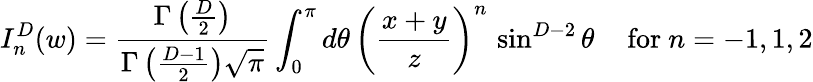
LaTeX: I_{n}^{D}(w)={\frac{\Gamma\left({\frac{D}{2}}\right)}{\Gamma\left({\frac{D-1}{2}}\right)\sqrt\pi}}\int_{0}^{\pi}d\theta\, \left({\frac{x+y}{z}}\right)^{n}\, \sin^{D-2}\theta\, \quad\mathrm{for~}n=-1,1,2